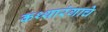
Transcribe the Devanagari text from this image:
कथ्थारंगाचे